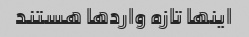
اینها تازه واردها هستند